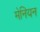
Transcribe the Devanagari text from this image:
मेनियन